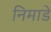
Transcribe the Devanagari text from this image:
निमाडे